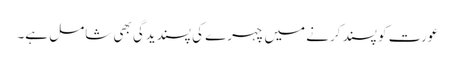
عورت کو پسند کرنے میں چہرے کی پسندیدگی بھی شامل ہے۔